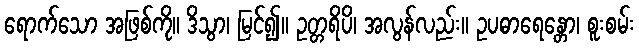
ရောက်သော အဖြစ်ကို။ ဒိသွာ၊ မြင်၍။ ဥတ္တရိပိ၊ အလွန်လည်း။ ဥပဓာရေန္တော၊ စူးစမ်း